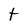
Character: t